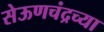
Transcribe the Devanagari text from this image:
सेऊणचंद्रच्या